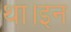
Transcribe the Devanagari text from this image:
था।इन